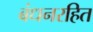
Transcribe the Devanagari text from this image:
बंधनरहित